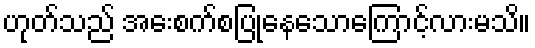
ဟုတ်သည် အေးစက်စပြုနေသောကြောင့်လားမသိ။